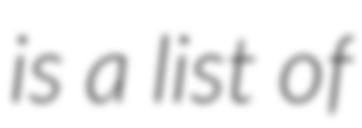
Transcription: is a list of